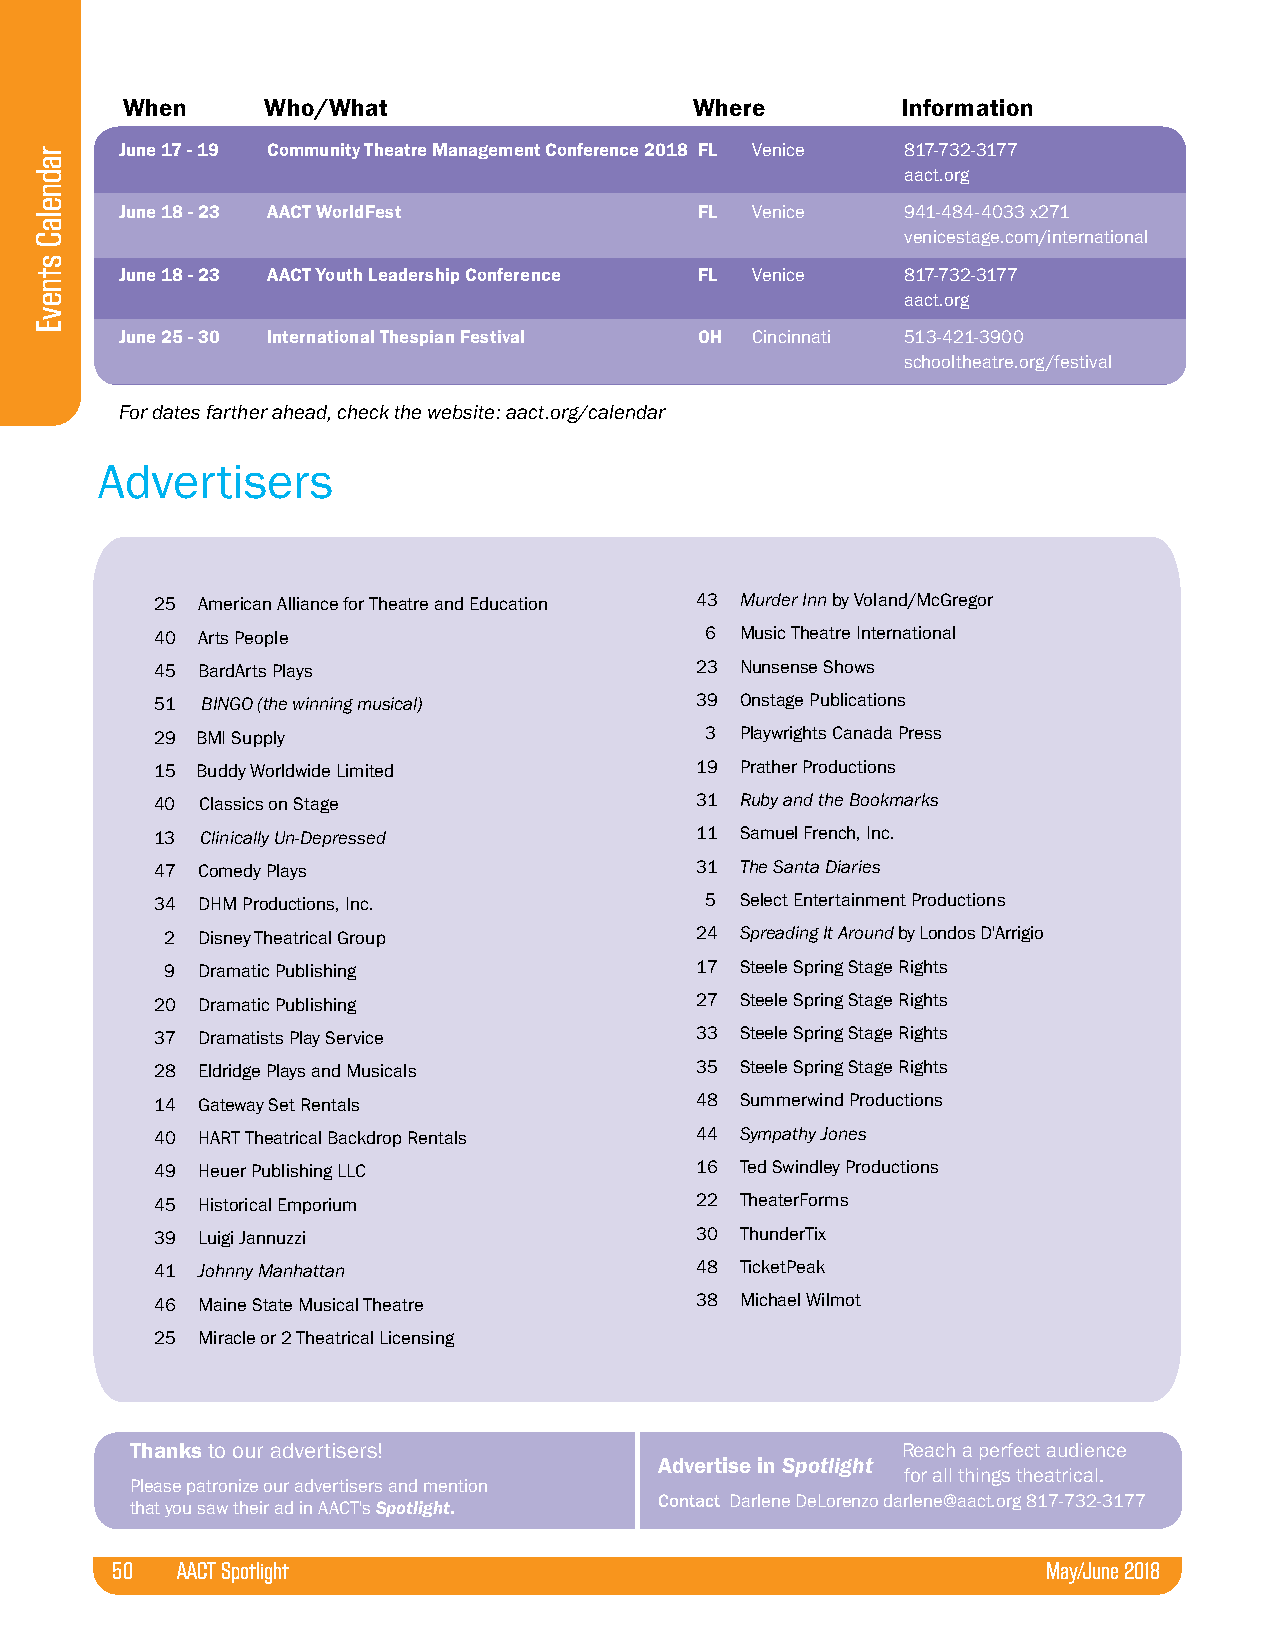
When      Who/What                    Where         Information
 June 17 - 19 Community Theatre Management Conference 2018 FL Venice 817-732-3177
 aact.org
 June 18 - 23 AACT WorldFest           FL  Venice    941-484-4033 x271
 venicestage.com/international
 June 18 - 23 AACT Youth Leadership Conference FL Venice 817-732-3177
 aact.org
 June 25 - 30 International Thespian Festival OH Cincinnati 513-421-3900
 schooltheatre.org/festival
 For dates farther ahead, check the website: aact.org/calendar
 Advertisers
 25 American Alliance for Theatre and Education 43 Murder Inn by Voland/McGregor
 40 Arts People                       6 Music Theatre International
 45 BardArts Plays                   23 Nunsense Shows
 51 BINGO (the winning musical)      39 Onstage Publications
 29 BMI Supply                        3 Playwrights Canada Press
 15 Buddy Worldwide Limited          19 Prather Productions
 40 Classics on Stage                31 Ruby and the Bookmarks
 13 Clinically Un-Depressed          11 Samuel French, Inc.
 47 Comedy Plays                     31 The Santa Diaries
 34 DHM Productions, Inc.             5 Select Entertainment Productions
 2 Disney Theatrical Group          24 Spreading It Around by Londos D'Arrigio
 9 Dramatic Publishing              17 Steele Spring Stage Rights
 20 Dramatic Publishing              27 Steele Spring Stage Rights
 37 Dramatists Play Service          33 Steele Spring Stage Rights
 28 Eldridge Plays and Musicals      35 Steele Spring Stage Rights
 14 Gateway Set Rentals              48 Summerwind Productions
 40 HART Theatrical Backdrop Rentals 44 Sympathy Jones
 49 Heuer Publishing LLC             16 Ted Swindley Productions
 45 Historical Emporium              22 TheaterForms
 39 Luigi Jannuzzi                   30 ThunderTix
 41 Johnny Manhattan                 48 TicketPeak
 46 Maine State Musical Theatre      38 Michael Wilmot
 25 Miracle or 2 Theatrical Licensing
 Thanks to our advertisers!                         Reach a perfect audience
 Advertise in Spotlight
 for all things theatrical.
 Please patronize our advertisers and mention
 Contact Darlene DeLorenzo darlene@aact.org 817-732-3177
 that you saw their ad in AACT's Spotlight.
 50   AACT Spotlight                                           May/June 2018
 radnelaC
 stnevE